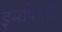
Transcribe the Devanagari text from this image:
इमपिंगमेंट